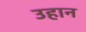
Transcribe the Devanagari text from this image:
उहान